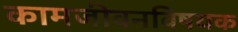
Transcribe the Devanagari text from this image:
कामजीवनविषयक